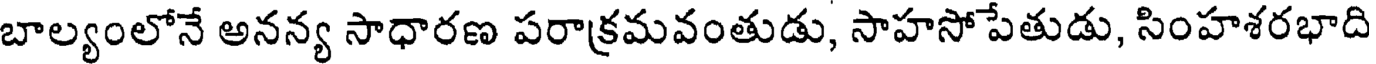
బాల్యంలోనే అనన్య సాధారణ పరాక్రమవంతుడు, సాహసోపేతుడు, సింహశరభాది